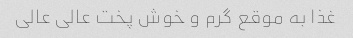
غذا به موقع گرم و خوش پخت عالی عالی